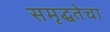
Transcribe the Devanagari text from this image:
समृद्धतेचा